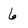
Character: 6